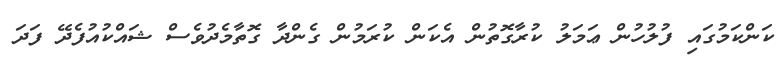
ކަންކަމުގައި ފުލުހުން ޢަމަލު ކުރާގޮތުން އެކަން ކުރަމުން ގެންދާ ގޮތާމެދުވެސް ޝައްކުއުފެދޭ ފަދަ